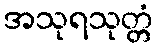
အသုရသုတ္တံ